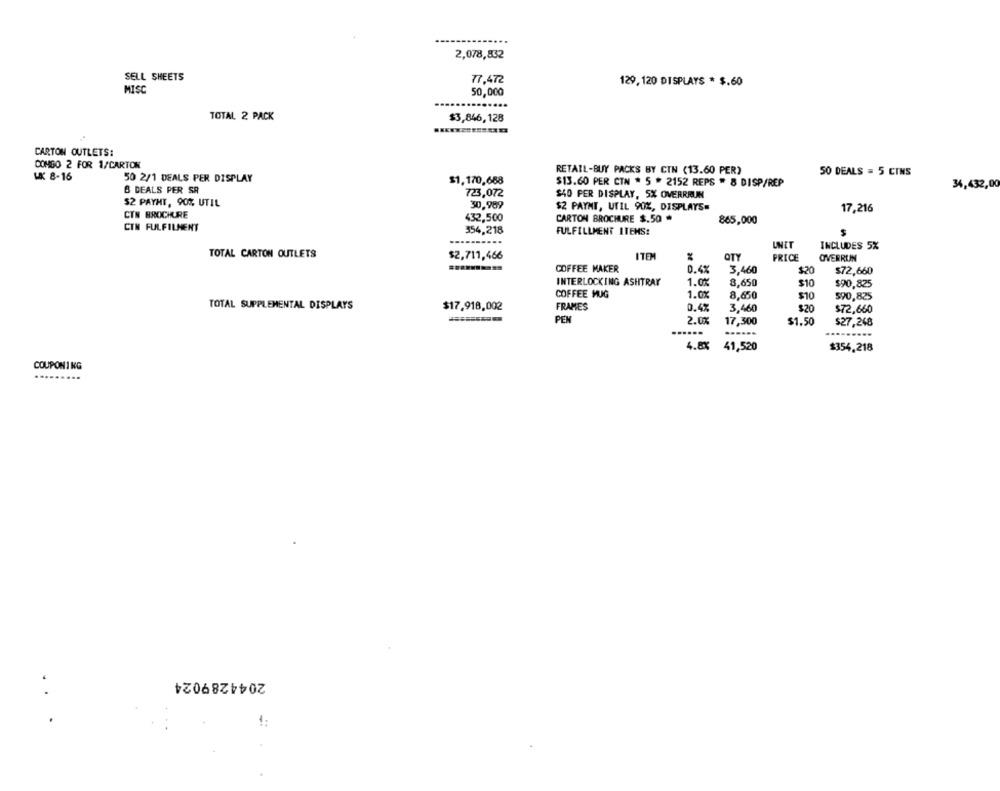
2,078,832
SELL SHEETS
77,472
129, 120 DISPLAYS * $.60
MISC
50,000
....
TOTAL 2 PACK
$3,846,128
CARTON OUTLETS:
COMGO 2 FOR 1/CARTON
RETAIL-BUY PACKS BY CIN (13.60 PER)
50 DEALS = 5 CINS
UK 8-16
50 2/1 DEALS PER DISPLAY
$1,170,668
$13.60 PER CTN * 5 * 2152 REPS " & DISP/REP
B DEALS PER SR
34,432,00
723,072
$40 PER DISPLAY, 5% OVERRRUN
$2 PAYHT, 90% UTIL
30,989
$2 PAYNI, UTIL 90%, DISPLAYS=
CTM BROCHURE
17,216
432,500
CARTON BROCHURE $.50 *
865,000
CIN FULFILMENT
354,218
FULFILLMENT ITEMS:
UNIT
INCLUDES 5%
TOTAL CARTON OUTLETS
$2,711,466
ITEM
OTY
PRICE
OVERRUN
COFFEE MAKER
0.4%
3,460
$20
$72,660
INTERLOCKING ASHTRAY
1.0%
8,650
$10
$90,825
COFFEE MUG
1.0%
8,650
$10
590,825
TOTAL SUPPLEMENTAL DISPLAYS
$17,918,002
FRAMES
0.4%
3,460
$20
$72,660
PEN
2.0%
17,300
$1.50
$27,248
.........
4.8%
41,520
$354.218
COUPONING
.........
2044289024
1: